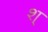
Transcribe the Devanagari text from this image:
श्‌